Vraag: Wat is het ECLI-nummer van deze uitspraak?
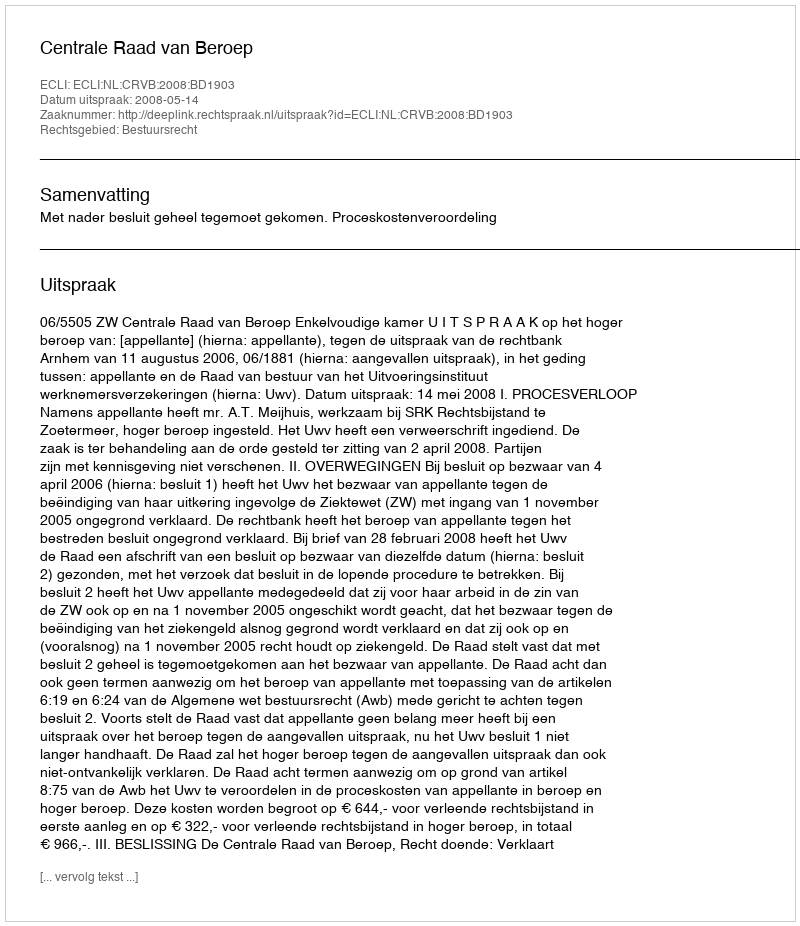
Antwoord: ECLI:NL:CRVB:2008:BD1903